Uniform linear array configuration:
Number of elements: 24
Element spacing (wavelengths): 1
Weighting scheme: kaiser
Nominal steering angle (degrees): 15
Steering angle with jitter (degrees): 14.323
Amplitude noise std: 0.05
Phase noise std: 0.05

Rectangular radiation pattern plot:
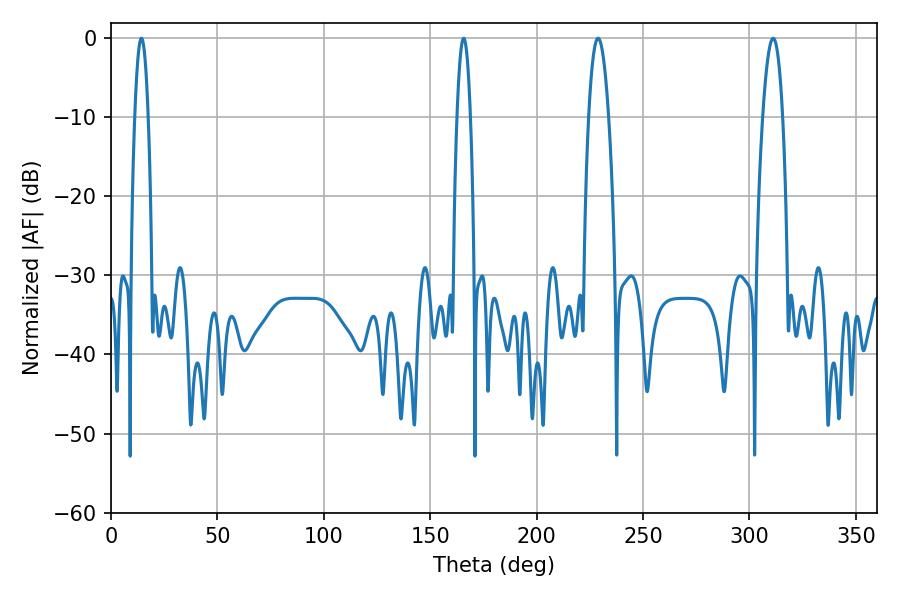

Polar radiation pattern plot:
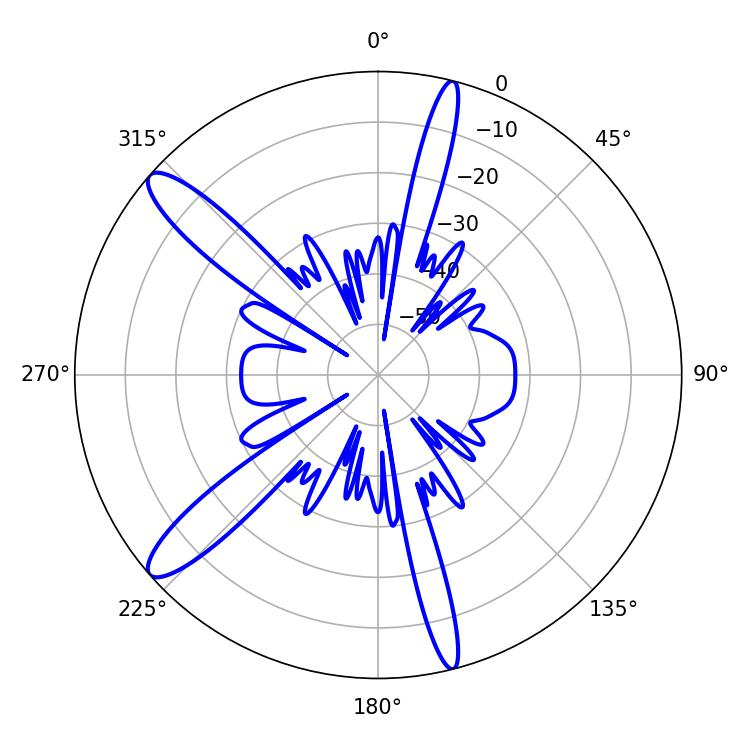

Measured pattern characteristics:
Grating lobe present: TRUE
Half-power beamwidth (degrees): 5.04
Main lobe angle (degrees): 228.78